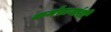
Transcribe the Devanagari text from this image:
कर्मचायांशी